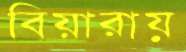
বিয়ারায়